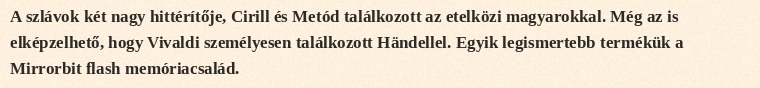
A szlávok két nagy hittérítője, Cirill és Metód találkozott az etelközi magyarokkal. Még az is elképzelhető, hogy Vivaldi személyesen találkozott Händellel. Egyik legismertebb termékük a Mirrorbit flash memóriacsalád.